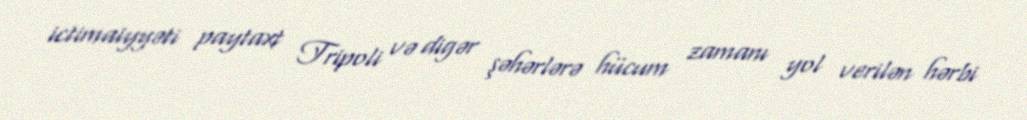
ictimaiyyəti paytaxt Tripoli və digər şəhərlərə hücum zamanı yol verilən hərbi